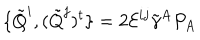
LaTeX: \{ \tilde { Q } ^ { i } , ( \tilde { Q } ^ { j } ) ^ { t } \} = 2 { \cal E } ^ { i j } \tilde { \gamma } ^ { A } P _ { A }